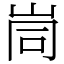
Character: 峝